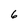
Character: 6